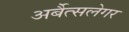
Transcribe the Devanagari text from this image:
अर्बैत्सलेगर